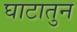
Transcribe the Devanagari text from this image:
घाटातुन